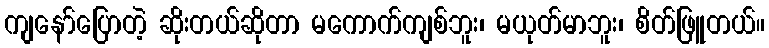
ကျနော်ပြောတဲ့ ဆိုးတယ်ဆိုတာ မကောက်ကျစ်ဘူး၊ မယုတ်မာဘူး၊ စိတ်ဖြူတယ်။